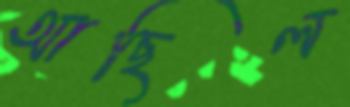
আছিল